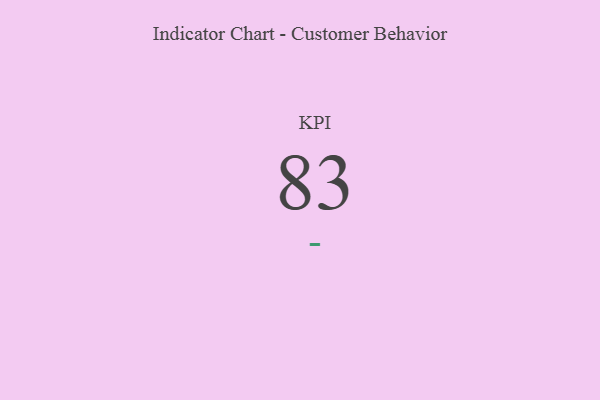
{"axis": {"x": "KPI", "y": "Value"}, "legend": [""], "data": [{"x": "KPI", "y": 83, "type": ""}]}